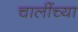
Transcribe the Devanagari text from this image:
चालींच्या